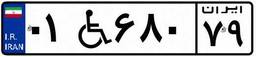
۰۱W۶۸۰۷۹